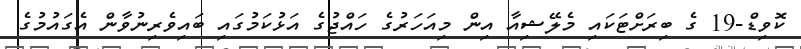
ކޮވިޑް-19 ގެ ބިރަށްޓަކައި މެލޭޝިއާ އިން މިއަހަރުގެ ހައްޖުގެ އަޅުކަމުގައި ބައިވެރިނުވާން އެގައުމުގެ